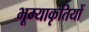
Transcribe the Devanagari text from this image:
भूम्याकृतियों